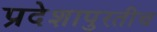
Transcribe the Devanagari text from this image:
प्रदेशापुरतीच